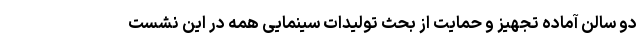
دو سالن آماده تجهیز و حمایت از بحث تولیدات سینمایی همه در این نشست